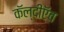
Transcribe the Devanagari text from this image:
कॅल्दीऍव